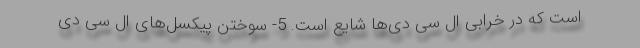
است که در خرابی ال سی دی‌ها شایع است. 5- سوختن پیکسل‌های ال سی دی